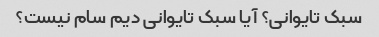
سبک تایوانی؟ آیا سبک تایوانی دیم سام نیست؟